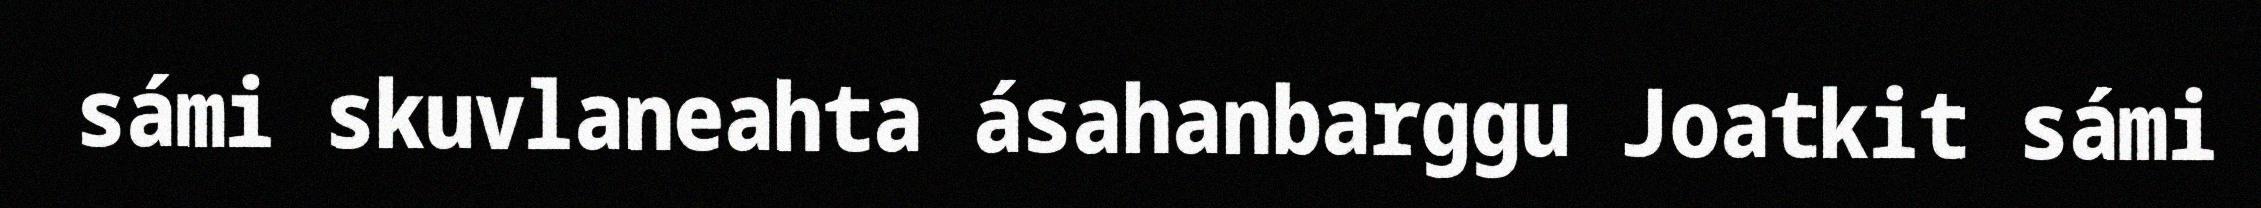
sámi skuvlaneahta ásahanbarggu Joatkit sámi